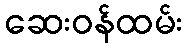
ဆေးဝန်ထမ်း